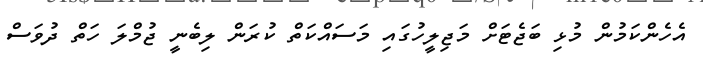
އެހެންކަމުން މުޅި ބަޖެޓަށް މަޖިލީހުގައި މަސައްކަތް ކުރަން ލިބެނީ ޖުމްލަ ހަތް ދުވަސް